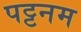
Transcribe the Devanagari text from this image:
पट्टनम